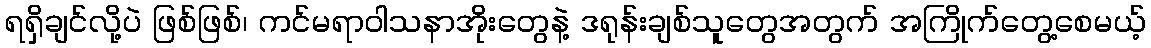
ရရှိချင်လို့ပဲ ဖြစ်ဖြစ်၊ ကင်မရာဝါသနာအိုးတွေနဲ့ ဒရုန်းချစ်သူတွေအတွက် အကြိုက်တွေ့စေမယ့်